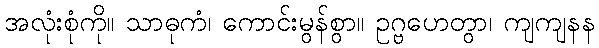
အလုံးစုံကို။ သာဓုကံ၊ ကောင်းမွန်စွာ။ ဥဂ္ဗဟေတွာ၊ ကျကျနန